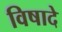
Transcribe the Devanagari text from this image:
विषादे